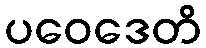
ပဝေဒေတိ